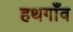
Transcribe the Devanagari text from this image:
हथगाँव